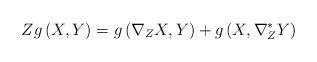
\begin{align*}Zg\left( X,Y\right) =g\left( \nabla _{Z}X,Y\right) +g\left( X,\nabla_{Z}^{\ast }Y\right) \end{align*}